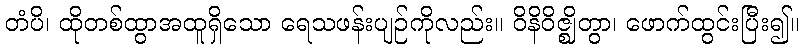
တံပိ၊ ထိုတစ်ထွာအထူရှိသော ရေသဖန်းပျဉ်ကိုလည်း။ ဝိနိဝိဇ္ဈိတွာ၊ ဖောက်ထွင်းပြီး၍။